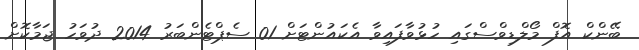
ބޭންކް އޮފް މޯލްޑިވްސްގައި ހުޅުވާފައިވާ އެކައުންޓަށް 01 ސެޕްޓެންބަރު 2014 ދުވަހު ޖަމާކޮށް